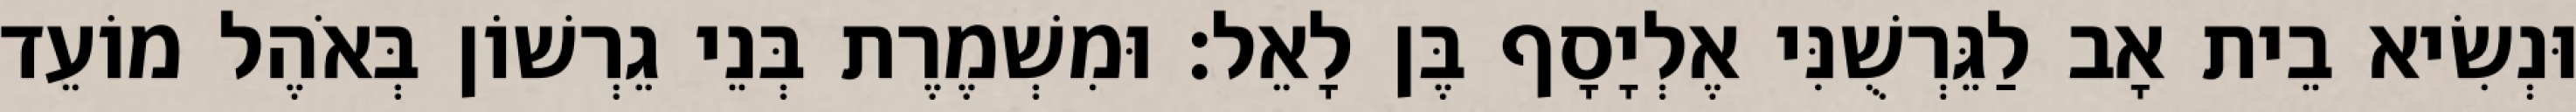
וּנְשִׂיא בֵית אָב לַגֵּרְשֻׁנִּי אֶלְיָסָף בֶּן לָאֵל׃ וּמִשְׁמֶרֶת בְּנֵי גֵרְשׁוֹן בְּאֹהֶל מוֹעֵד